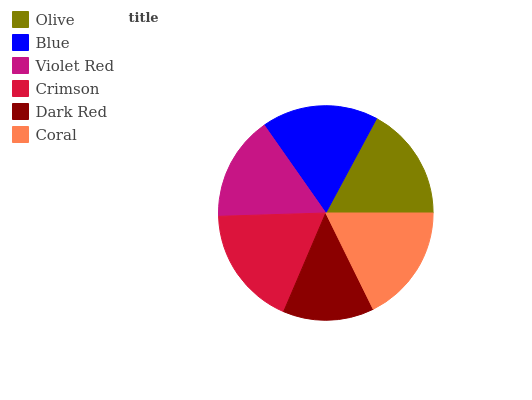
| Olive | Blue | Violet Red | Crimson | Dark Red | Coral |
 | --- | --- | --- | --- | --- | --- |
 | 17.2% | 17.5% | 15.8% | 18.1% | 13.7% | 17.7% |